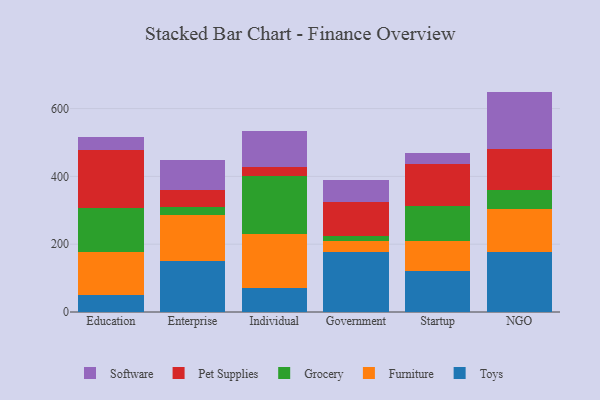
{"axis": {"x": "Segment", "y": "Population (Million)"}, "legend": ["Furniture", "Grocery", "Pet Supplies", "Software", "Toys"], "data": [{"x": "Education", "y": 51.6, "type": "Toys"}, {"x": "Education", "y": 124.8, "type": "Furniture"}, {"x": "Education", "y": 130.4, "type": "Grocery"}, {"x": "Education", "y": 170.5, "type": "Pet Supplies"}, {"x": "Education", "y": 39.7, "type": "Software"}, {"x": "Enterprise", "y": 149.0, "type": "Toys"}, {"x": "Enterprise", "y": 137.4, "type": "Furniture"}, {"x": "Enterprise", "y": 24.1, "type": "Grocery"}, {"x": "Enterprise", "y": 47.9, "type": "Pet Supplies"}, {"x": "Enterprise", "y": 90.7, "type": "Software"}, {"x": "Individual", "y": 70.2, "type": "Toys"}, {"x": "Individual", "y": 161.0, "type": "Furniture"}, {"x": "Individual", "y": 171.1, "type": "Grocery"}, {"x": "Individual", "y": 26.3, "type": "Pet Supplies"}, {"x": "Individual", "y": 106.3, "type": "Software"}, {"x": "Government", "y": 178.0, "type": "Toys"}, {"x": "Government", "y": 30.4, "type": "Furniture"}, {"x": "Government", "y": 14.5, "type": "Grocery"}, {"x": "Government", "y": 100.7, "type": "Pet Supplies"}, {"x": "Government", "y": 66.1, "type": "Software"}, {"x": "Startup", "y": 121.8, "type": "Toys"}, {"x": "Startup", "y": 88.2, "type": "Furniture"}, {"x": "Startup", "y": 102.1, "type": "Grocery"}, {"x": "Startup", "y": 124.0, "type": "Pet Supplies"}, {"x": "Startup", "y": 33.4, "type": "Software"}, {"x": "NGO", "y": 176.2, "type": "Toys"}, {"x": "NGO", "y": 126.4, "type": "Furniture"}, {"x": "NGO", "y": 57.7, "type": "Grocery"}, {"x": "NGO", "y": 119.5, "type": "Pet Supplies"}, {"x": "NGO", "y": 170.3, "type": "Software"}]}